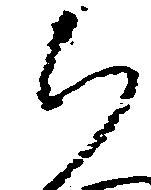
ち